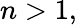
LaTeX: n>1,